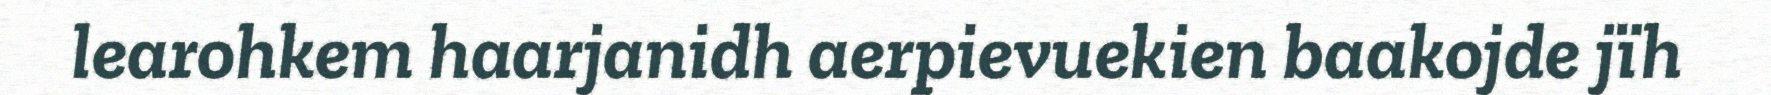
learohkem haarjanidh aerpievuekien baakojde jïh